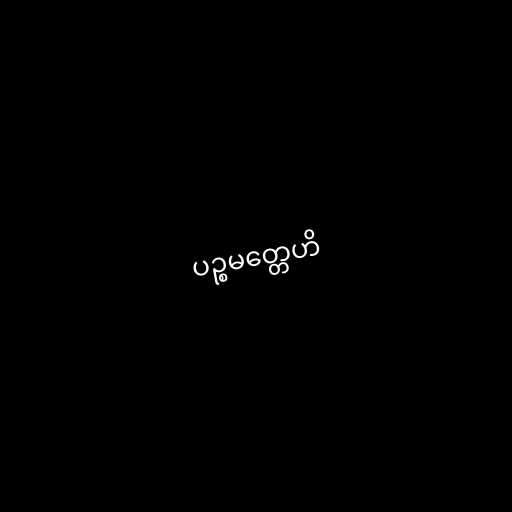
ပဉ္စမတ္တေဟိ